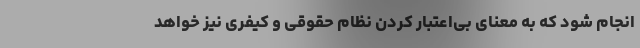
انجام شود که به معنای بی‌اعتبار کردن نظام حقوقی و کیفری نیز خواهد